Cholera in southern India
Disease focus: Cholera
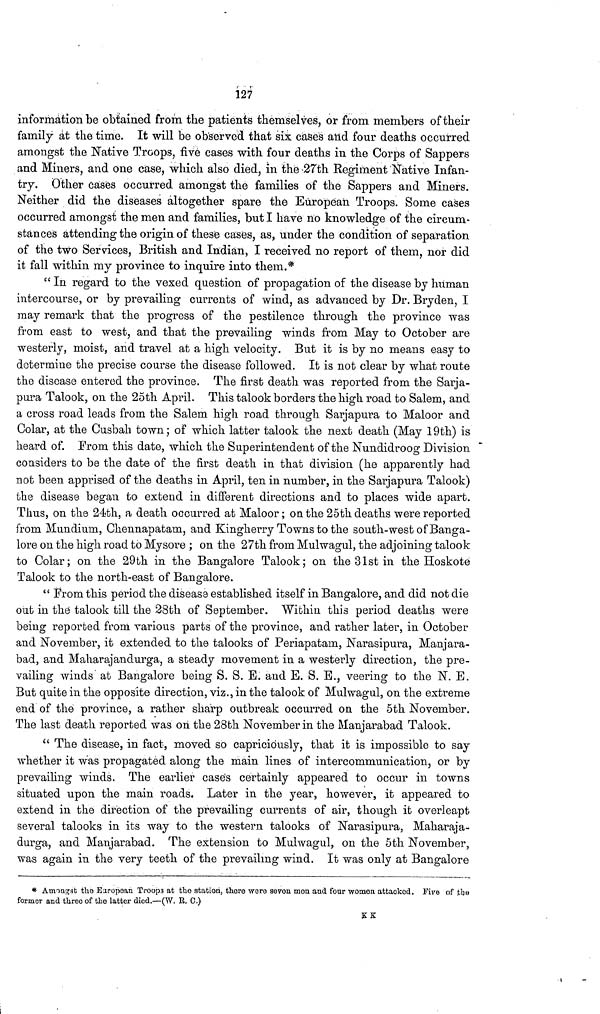
127
information be obtained from the patients themselves, or from members of their
family at the time. It will be observed that six cases and four deaths occurred
amongst the Native Troops, five cases with four deaths in the Corps of Sappers
and Miners, and one case, which also died, in the -27th Regiment Native Infan-
try. Other cases occurred amongst the families of the Sappers and Miners.
Neither did the diseases altogether spare the European Troops. Some cases
occurred amongst the men and families, but I have no knowledge of the circum-
stances attending the origin of these cases, as, under the condition of separation
of the two Services, British and Indian, I received no report of them, nor did
it fall within mv Province to inquire into them*
" In regard to the vexed question of propagation of the disease by human
intercourse, or by prevailing currents of wind, as advanced by Dr. Bryden, I
may remark that the progress of the pestilence through the province was
from east to west, and that the prevailing winds from May to October are
westerly, moist, and travel at a high velocity. But it is by no means easy to
dotermine the precise course the disease followed. It is not clear by what route
the disease entered the province. The first death was reported from the Sarja-
pura Talook, on the 25th April. This talook borders the high road to Salem, and
a cross road leads from the Salem high road through Sarjapura to Maloor and
Colar, at the Cusbah town; of which latter talook the next death (May 19th) is
heard of. From this date, which the Superintendent of the Nundidroog Division
considers to be the date of the first death in that division (he apparently had
not been apprised of the deaths in April, ten in number, in the Sarjapura Talook)
the disease began to extend in different directions and to places wide apart.
Thus, on the 24th, a death occurred at Maloor; on the 25th deaths were reported
from Mundium, Chennapatam, and Kingherry Towns to the south-west of Banga-
lore on the high road to Mysore ; on the 27th from Mulwagul, the adjoining talook
to Colar; on the 29th in the Bangalore Talook; on the 31st in the Hoskote
Talook to the north-east of Bangalore.
" From this period the disease established itself in Bangalore, and did not die
out in the talook till the 28th of September. Within this period deaths were
being reported from various parts of the province, and rather later, in October
and November, it extended to the talooks of Periapatam, Narasipura, Manjara-
bad, and Maharajandurga, a steady movement in a westerly direction, the pre-
vailing winds at Bangalore being S. S. E. and E. S. E., veering to the N. E.
But quite in the opposite direction, viz., in the talook of Mulwagul, on the extreme
end of the province, a rather sharp outbreak occurred on the 5th November.
The last death reported was on the 28th November in the Manjarabad Talook.
" The disease, in fact, moved so capriciously, that it is impossible to say
whether it was propagated along the main lines of intercommunication, or by
prevailing winds. The earlier cases certainly appeared to occur in towns
situated upon the main roads. Later in the year, however, it appeared to
extend in the direction of the prevailing currents of air, though it overleapt
several talooks in its way to the western talooks of Narasipura, Maharaja-
durga, and Manjarabad. The extension to Mulwagul, on the 5th November,
was again in the very teeth of the prevailing wind. It was only at Bangalore
* AmoQg3b the Earopaan Troops at the station, there were seven mon and four women attacked. Five of the
former and three of the latter died.—(W. R, C.)